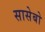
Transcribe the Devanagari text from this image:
सासेबो